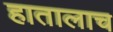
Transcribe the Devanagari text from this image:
हातालाच